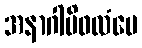
အနာဂါမိဖလံပေ